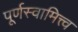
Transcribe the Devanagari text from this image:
पूर्णस्वामित्त्व